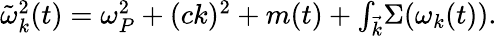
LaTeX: \begin{array}{r}{\tilde{\omega}_{k}^{2}(t)=\omega_{P}^{2}+(ck)^{2}+m(t)+{\int_{\vec{k}}}\Sigma(\omega_{k}(t)).}\end{array}